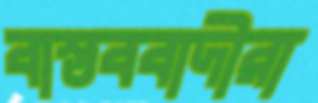
বাস্তববাদীরা